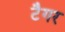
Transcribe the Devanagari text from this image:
टैगर